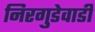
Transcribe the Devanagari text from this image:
निरगुडेवाडी